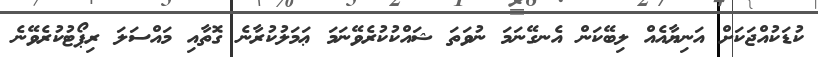
ކުޑަކުއްޖަކަށް އަނިޔާއެއް ލިބޭކަން އެނގޭނަމަ ނުވަތަ ޝައްކުކުރެވޭނަމަ ޢަމަލުކުރާނެ ގޮތާއި މައްސަލަ ރިޕޯޓުކުރެވޭނެ